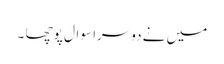
میں نے دوسرا سوال پوچھا ۔